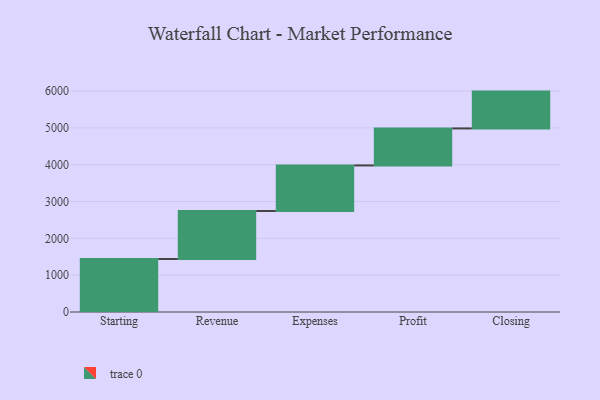
{"axis": {"x": "Step", "y": "Value"}, "legend": [""], "data": [{"x": "Starting", "y": 1440.0, "type": ""}, {"x": "Revenue", "y": 1303.0, "type": ""}, {"x": "Expenses", "y": 1237.0, "type": ""}, {"x": "Profit", "y": 1005.0, "type": ""}, {"x": "Closing", "y": 1000, "type": ""}]}